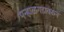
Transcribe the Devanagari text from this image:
पन्हाळगडावरुन